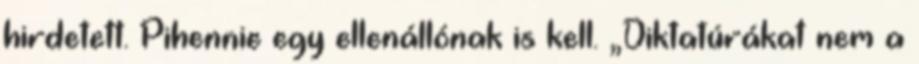
hirdetett. Pihennie egy ellenállónak is kell. „Diktatúrákat nem a